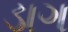
ડાગ